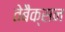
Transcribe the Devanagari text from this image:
तेबैक्सन